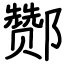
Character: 酂